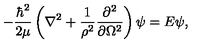
- \frac { \hbar ^ { 2 } } { 2 \mu } \left( \nabla ^ { 2 } + \frac { 1 } { \rho ^ { 2 } } \frac { \partial ^ { 2 } } { \partial \Omega ^ { 2 } } \right) \psi = E \psi ,